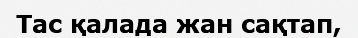
Тас қалада жан сақтап,